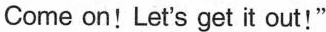
Come on! Let's get it out!"